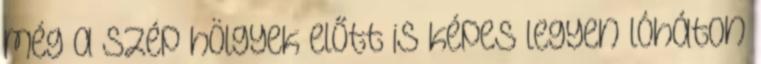
még a szép hölgyek előtt is képes legyen lóháton